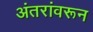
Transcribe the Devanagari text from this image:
अंतरांवरून